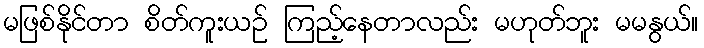
မဖြစ်နိုင်တာ စိတ်ကူးယဉ် ကြည့်နေတာလည်း မဟုတ်ဘူး မမနွယ်။